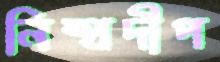
নিষ্প্রদীপ